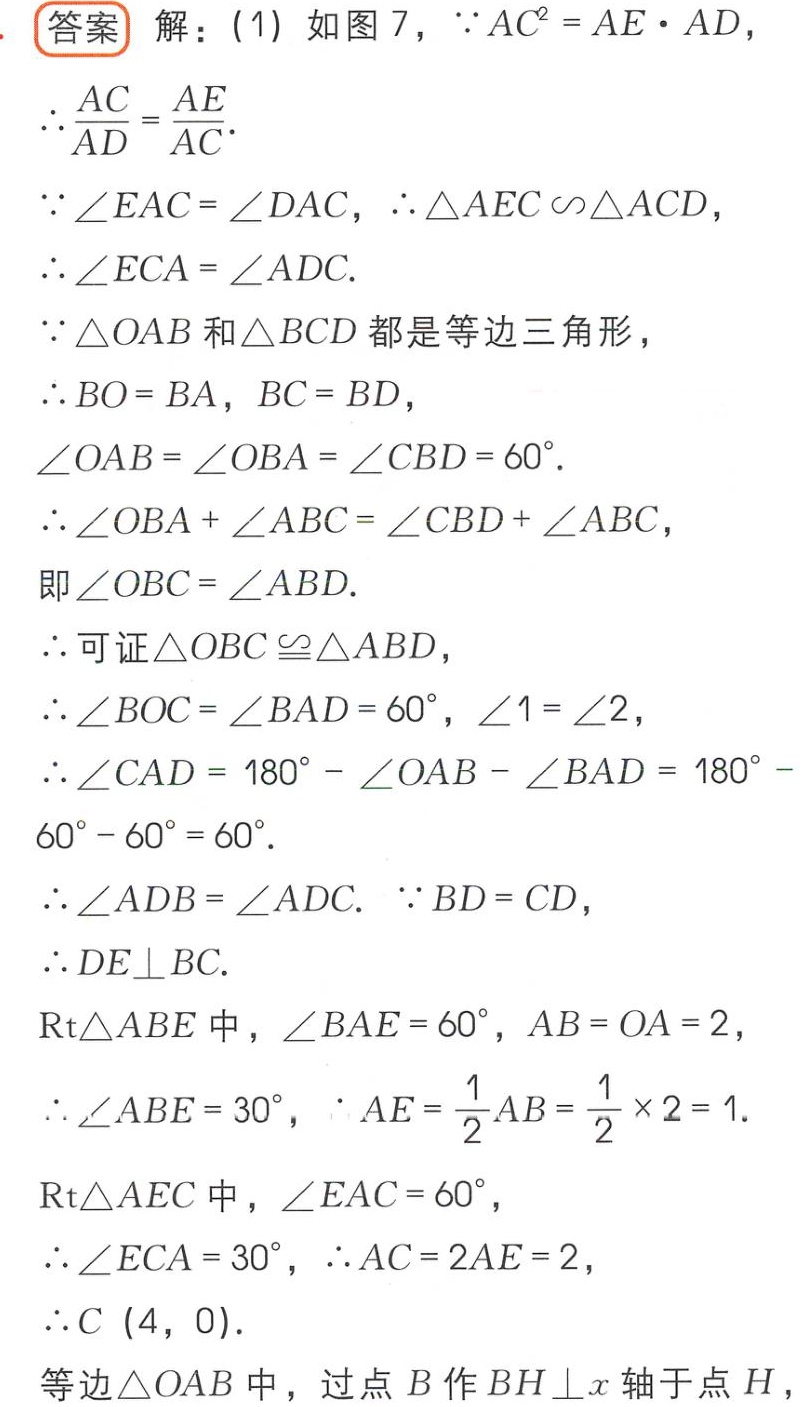
解：(1) 如图 7，$\because AC^{2}=AE\cdot AD$，
$\therefore \frac{AC}{AD}=\frac{AE}{AC}.$
$\because \angle EAC = \angle DAC$，$\therefore \triangle AEC\sim\triangle ACD$，
$\therefore \angle ECA=\angle ADC.$
$\because \triangle OAB$和$\triangle BCD$都是等边三角形，
$\therefore BO = BA$，$BC = BD$，
$\angle OAB=\angle OBA=\angle CBD = 60^{\circ}.$
$\therefore \angle OBA+\angle ABC=\angle CBD+\angle ABC$，
即$\angle OBC=\angle ABD.$
$\therefore$可证$\triangle OBC\cong\triangle ABD$，
$\therefore \angle BOC=\angle BAD = 60^{\circ}$，$\angle 1=\angle 2$，
$\therefore \angle CAD=180^{\circ}-\angle OAB-\angle BAD = 180^{\circ}-60^{\circ}-60^{\circ}=60^{\circ}.$
$\therefore \angle ADB=\angle ADC.$ $\because BD = CD$，
$\therefore DE\perp BC.$
$\mathrm{Rt}\triangle ABE$中，$\angle BAE = 60^{\circ}$，$AB = OA = 2$，
$\therefore \angle ABE = 30^{\circ}$，$\because AE=\frac{1}{2}AB=\frac{1}{2}\times 2 = 1.$
$\mathrm{Rt}\triangle AEC$中，$\angle EAC = 60^{\circ}$，
$\therefore \angle ECA = 30^{\circ}$，$\therefore AC = 2AE = 2$，
$\therefore C(4,0).$
等边$\triangle OAB$中，过点$B$作$BH\perp x$轴于点$H$，